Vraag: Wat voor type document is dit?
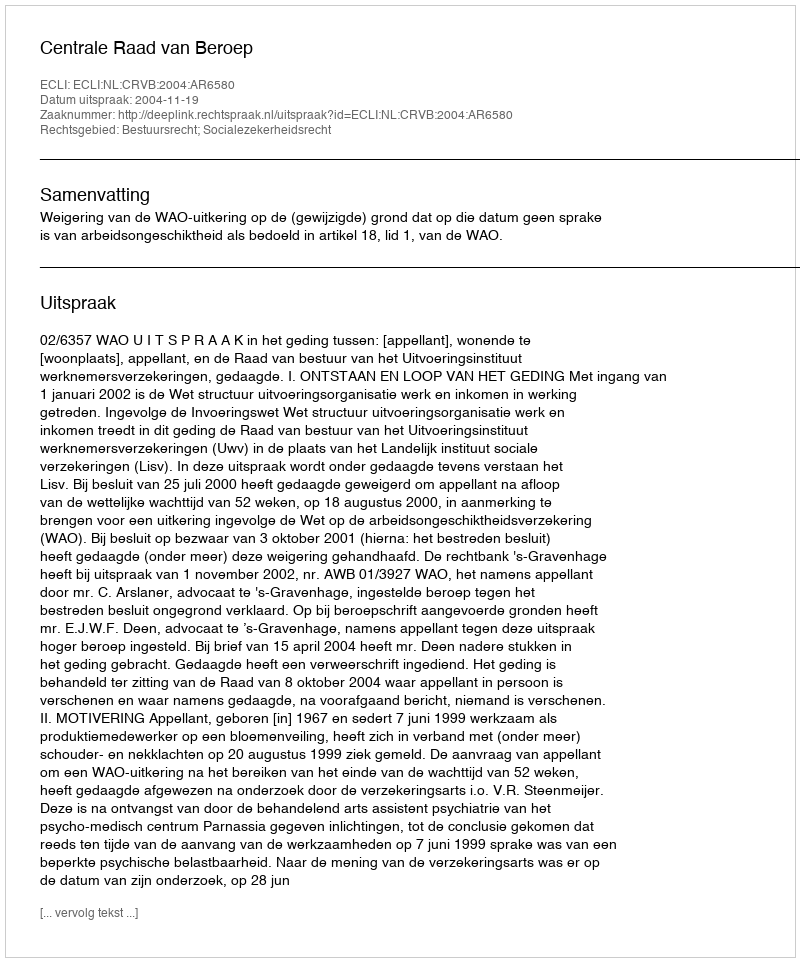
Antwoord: Uitspraak